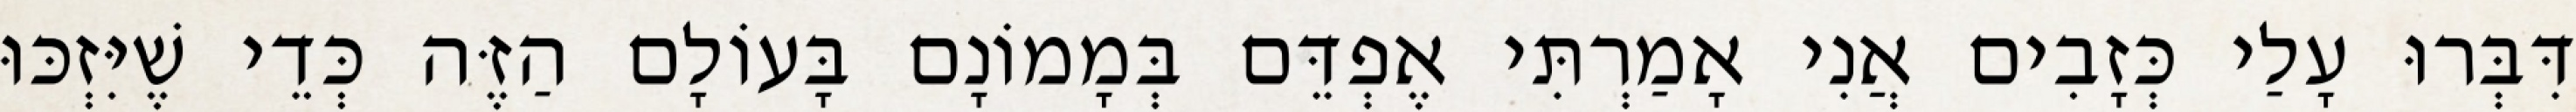
דִּבְּרוּ עָלַי כְּזָבִים אֲנִי אָמַרְתִּי אֶפְדֵּם בְּמָמוֹנָם בָּעוֹלָם הַזֶּה כְּדֵי שֶׁיִּזְכּוּ